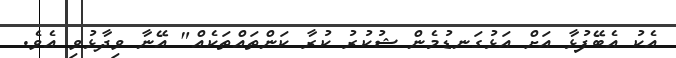
އެކު އެބޭފުޅާ އަށް އަަޅުގަނޑުމެން ޝުކުރު ކުރާ ކަންތައްތަކެއް" އޭނާ ވިދާޅުވި އެވެ.